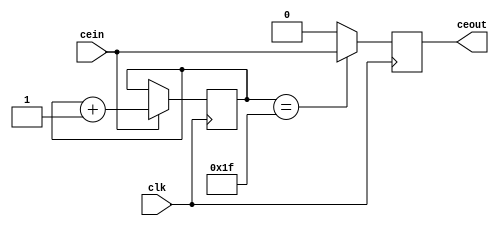
module fixeddivby32(
	input clk,
	input cein,
	output ceout);
	reg ceoutreg = 0;
	reg ceoutregs = 0;
	reg [4:0] counter = 0;
	assign ceout = ceoutregs;
	always @(*) begin
		if(counter == 31)
			ceoutreg <= cein;
		else
			ceoutreg <= 0;
	end
	always @(posedge clk) begin
		ceoutregs <= ceoutreg;
		if(cein)
			counter <= counter + 1;
	end
endmodule